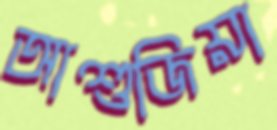
আশুজিয়া